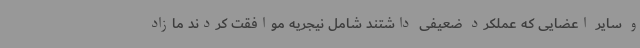
و سایر اعضایی که عملکرد ضعیفی داشتند شامل نیجریه موافقت کردند مازاد